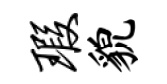
瑕貌